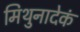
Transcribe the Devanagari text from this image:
मिथुनादेकं